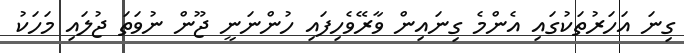
ގިނަ އަހަރުތަކުގައި އެންމެ ގިނައިން ވާރޭވެހިފައި ހުންނަނީ ޖޫން ނުވަތަ ޖުލައި މަހަކު